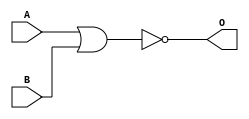
module Nor8bit
(
	input [7:0]A,
	input [7:0]B,
	output [7:0]O

);

assign O[7:0]=~(A[7:0]|B[7:0]);



endmodule